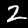
Digit: 2